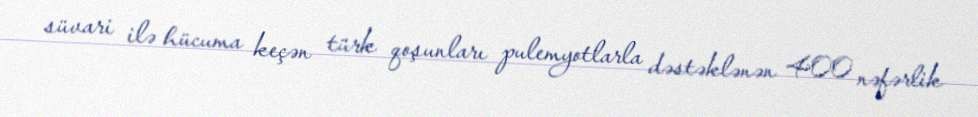
süvari ilə hücuma keçən türk qoşunları pulemyotlarla dəstəklənən 400 nəfərlik